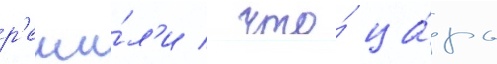
р'еши́л'и / что́ ца́рь